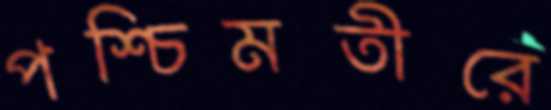
পশ্চিমতীরে